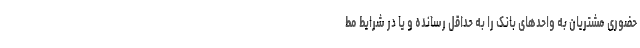
حضوری مشتریان به واحدهای بانک را به حداقل رسانده و یا در شرایط مط